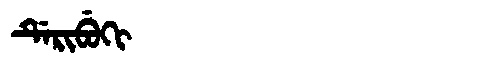
Manchu: ᡩᡝᡵᡳᠪᡠᡴᡳ
Romanization: DERIBUKI